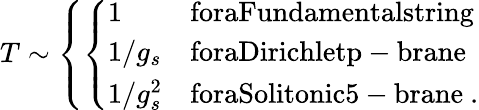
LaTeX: T\sim\left\{ \left\{ \begin{array}{ll}{{1}}&{{\mathrm{foraFundamentalstring}}}\\ {{1/g_{s}}}&{{\mathrm{foraDirichletp-brane}}}\\ {{1/g_{s}^{2}}}&{{\mathrm{foraSolitonic5-brane}\ .}}\end{array}\right.\right.